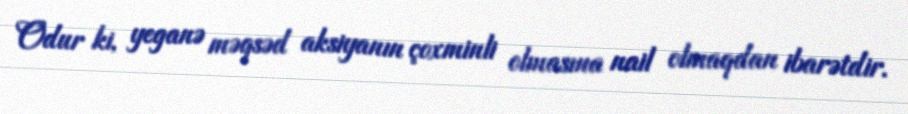
Odur ki, yeganə məqsəd aksiyanın çoxminli olmasına nail olmaqdan ibarətdir.